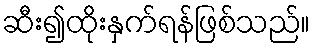
ဆီး၍ထိုးနှက်ရန်ဖြစ်သည်။